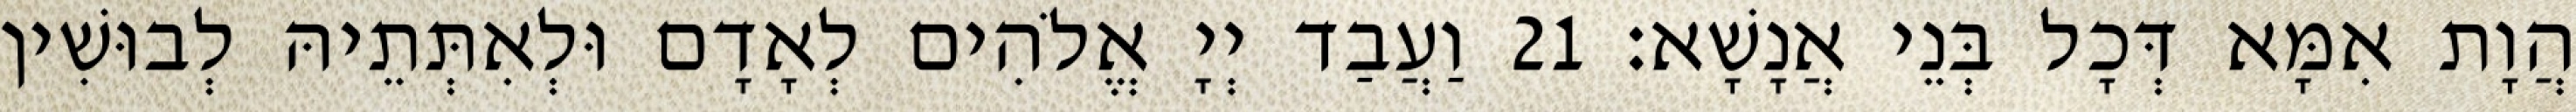
הֲוָת אִמָּא דְּכָל בְּנֵי אֲנָשָׁא׃ 21 וַעֲבַד יְיָ אֱלֹהִים לְאָדָם וּלְאִתְּתֵיהּ לְבוּשִׁין